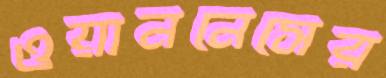
ওয়াননেসের